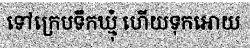
ទៅក្រេបទឹកឃ្មុំ ហើយទុកអោយ